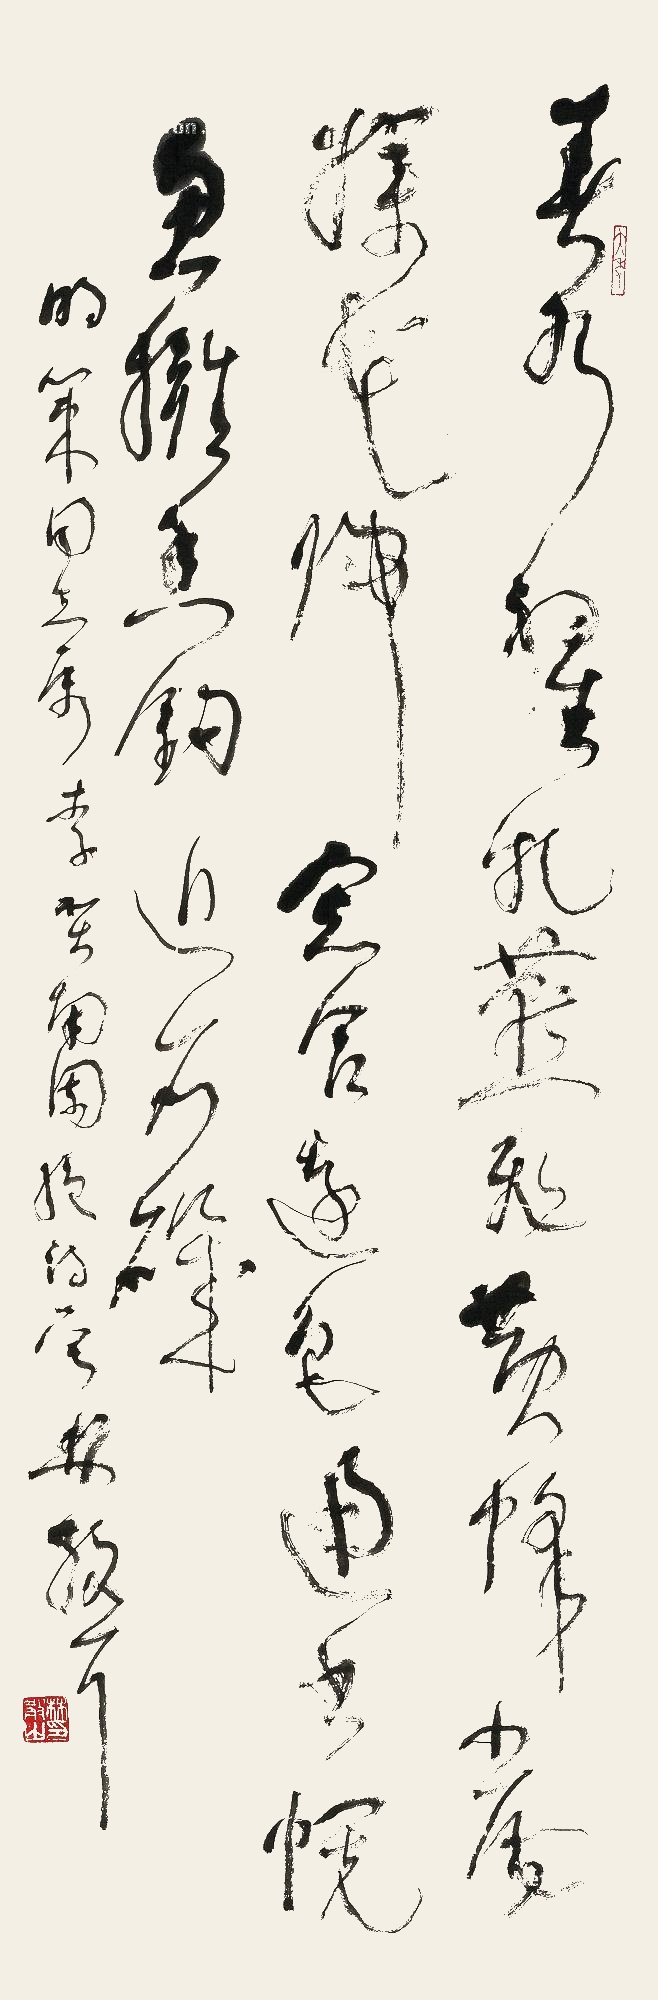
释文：春水初生乳燕飞,黄蜂小尾扑花归。窗含远色通书幌,鱼拥香钩近石矶。明策同志属。李贺《南园绝诗》一首。林散耳。